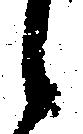
候